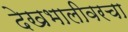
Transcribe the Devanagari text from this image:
देखभालीवरचा